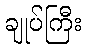
ချုပ်ကြီး